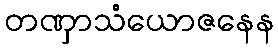
တဏှာသံယောဇနေန